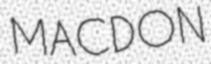
MACDON